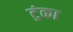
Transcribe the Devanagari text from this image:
ट्रंका